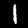
Digit: 1